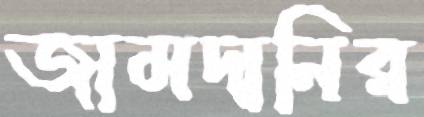
জামদানির